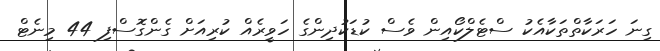
ގިނަ ހަރަކާތްތަކާއެކު ސްޓެލްކޯއިން ވެސް ކުޑަކުދިންގެ ހަވީރެއް ކުރިއަށް ގެންގޮސްފި 44 މިނެޓް